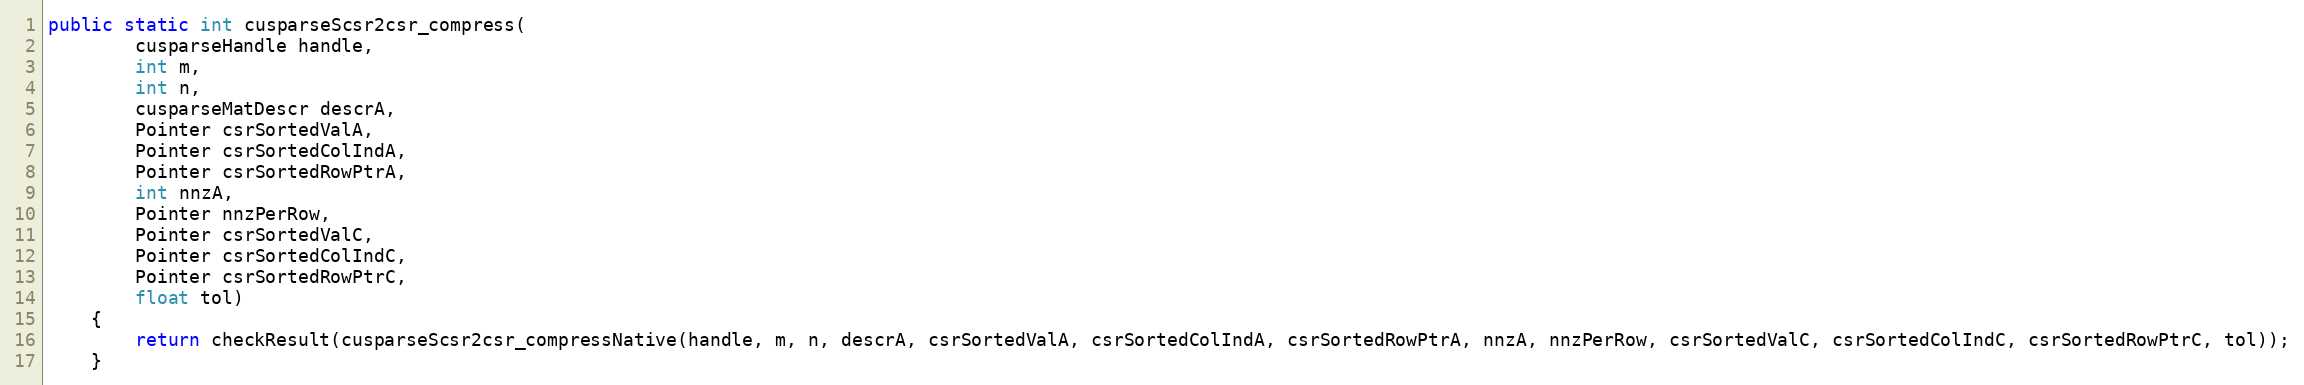
Language: Java
public static int cusparseScsr2csr_compress(
        cusparseHandle handle,
        int m,
        int n,
        cusparseMatDescr descrA,
        Pointer csrSortedValA,
        Pointer csrSortedColIndA,
        Pointer csrSortedRowPtrA,
        int nnzA,
        Pointer nnzPerRow,
        Pointer csrSortedValC,
        Pointer csrSortedColIndC,
        Pointer csrSortedRowPtrC,
        float tol)
    {
        return checkResult(cusparseScsr2csr_compressNative(handle, m, n, descrA, csrSortedValA, csrSortedColIndA, csrSortedRowPtrA, nnzA, nnzPerRow, csrSortedValC, csrSortedColIndC, csrSortedRowPtrC, tol));
    }